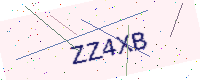
Text: ZZ4XB